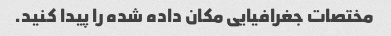
مختصات جغرافیایی مکان داده شده را پیدا کنید.